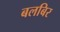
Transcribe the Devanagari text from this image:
बलबिर